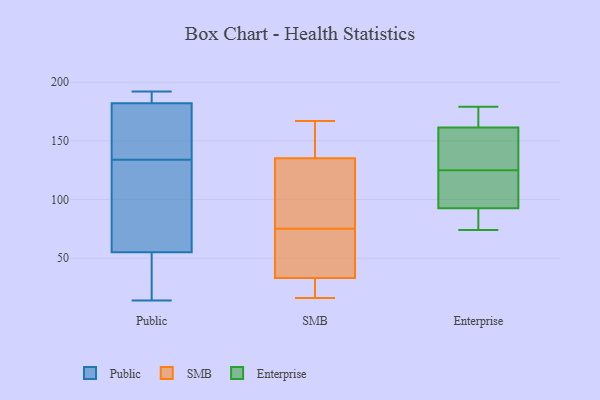
{"axis": {"x": "Budget (USD K)", "y": "Value"}, "legend": ["Enterprise", "Public", "SMB"], "data": [{"x": "", "y": 14, "type": "Public"}, {"x": "", "y": 168, "type": "Public"}, {"x": "", "y": 176, "type": "Public"}, {"x": "", "y": 187, "type": "Public"}, {"x": "", "y": 64, "type": "Public"}, {"x": "", "y": 155, "type": "Public"}, {"x": "", "y": 192, "type": "Public"}, {"x": "", "y": 30, "type": "Public"}, {"x": "", "y": 112, "type": "Public"}, {"x": "", "y": 52, "type": "Public"}, {"x": "", "y": 184, "type": "Public"}, {"x": "", "y": 191, "type": "Public"}, {"x": "", "y": 16, "type": "Public"}, {"x": "", "y": 134, "type": "Public"}, {"x": "", "y": 86, "type": "Public"}, {"x": "", "y": 29, "type": "SMB"}, {"x": "", "y": 79, "type": "SMB"}, {"x": "", "y": 30, "type": "SMB"}, {"x": "", "y": 75, "type": "SMB"}, {"x": "", "y": 56, "type": "SMB"}, {"x": "", "y": 124, "type": "SMB"}, {"x": "", "y": 139, "type": "SMB"}, {"x": "", "y": 162, "type": "SMB"}, {"x": "", "y": 66, "type": "SMB"}, {"x": "", "y": 16, "type": "SMB"}, {"x": "", "y": 36, "type": "SMB"}, {"x": "", "y": 32, "type": "SMB"}, {"x": "", "y": 167, "type": "SMB"}, {"x": "", "y": 122, "type": "SMB"}, {"x": "", "y": 162, "type": "SMB"}, {"x": "", "y": 164, "type": "Enterprise"}, {"x": "", "y": 162, "type": "Enterprise"}, {"x": "", "y": 179, "type": "Enterprise"}, {"x": "", "y": 99, "type": "Enterprise"}, {"x": "", "y": 90, "type": "Enterprise"}, {"x": "", "y": 138, "type": "Enterprise"}, {"x": "", "y": 94, "type": "Enterprise"}, {"x": "", "y": 74, "type": "Enterprise"}, {"x": "", "y": 161, "type": "Enterprise"}, {"x": "", "y": 141, "type": "Enterprise"}, {"x": "", "y": 112, "type": "Enterprise"}, {"x": "", "y": 91, "type": "Enterprise"}]}